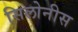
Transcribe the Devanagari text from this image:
सिलोनीस